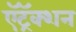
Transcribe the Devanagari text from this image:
ऍट्रॅक्शन